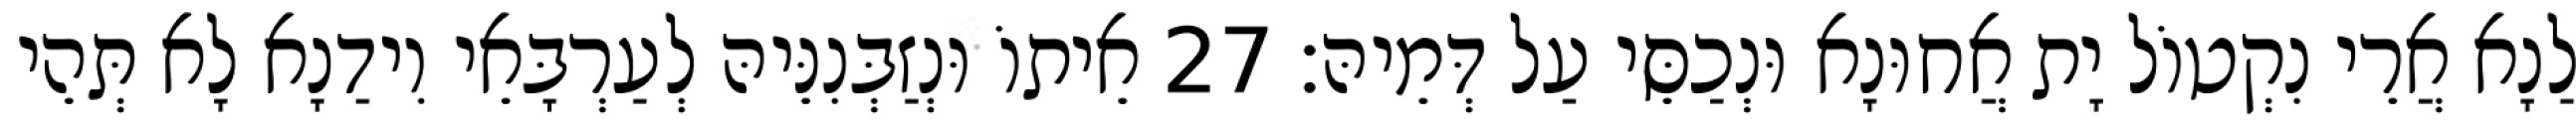
לַנָא אֲרֵי נִקְטוֹל יָת אֲחוּנָא וּנְכַסֵּי עַל דְּמֵיהּ׃ 27 אֵיתוֹ וּנְזַבְּנִנֵּיהּ לְעַרְבָּאֵי וִידַנָא לָא תְּהֵי